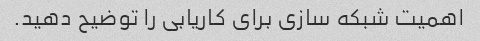
اهمیت شبکه سازی برای کاریابی را توضیح دهید.